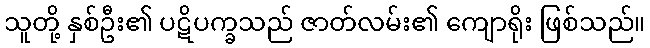
သူတို့ နှစ်ဦး၏ ပဋိပက္ခသည် ဇာတ်လမ်း၏ ကျောရိုး ဖြစ်သည်။